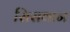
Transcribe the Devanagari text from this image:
सिसवान